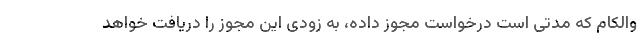
والکام که مدتی است درخواست مجوز داده، به زودی این مجوز را دریافت خواهد